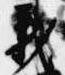
義